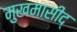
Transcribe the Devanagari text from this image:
मुखमासीद्